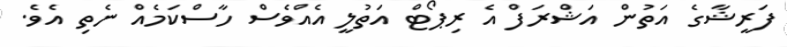
ފަރީޝާގެ އަތުން އަޝްރަފް އެ ރިޕޯޓް އަތުލީ އެއްވެސް ހާސްކަމެއް ނެތި އެވެ.